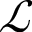
\mathcal { L }